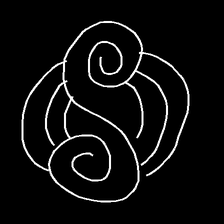
Glyph: wind-underfoot